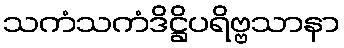
သကံသကံဒိဋ္ဌိပရိဗ္ဗသာနာ